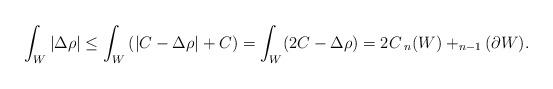
LaTeX: \begin{align*}\int_W |\Delta \rho| \leq \int_W \left(|C- \Delta \rho| + C \right) = \int_W (2C- \Delta \rho) = 2 C\,_n(W) + _{n-1}(\partial W).\end{align*}